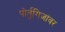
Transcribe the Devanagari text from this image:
पोर्तुगिजांवर